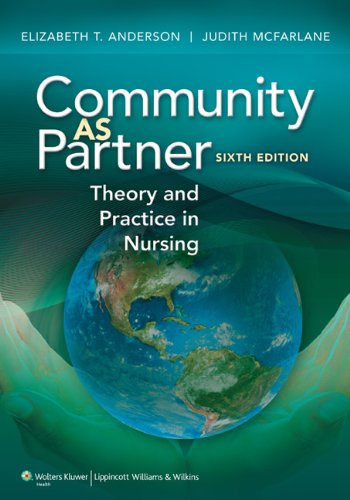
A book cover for Community as Partner: Theory and Practice in Nursing; Elizabeth T. Anderson DrPH  RN  FAAN; Medical Books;